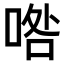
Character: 𠴰